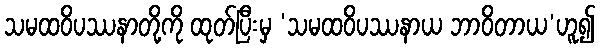
သမထဝိပဿနာတို့ကို ထုတ်ပြီးမှ ‘သမထဝိပဿနာယ ဘာဝိတာယ’ဟူ၍